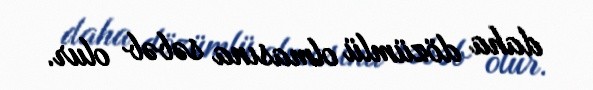
daha dözümlü olmasına səbəb olur.